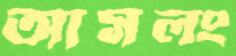
আসলং